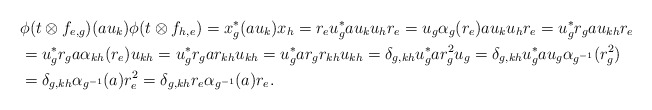
\begin{align*}&\phi(t\otimes f_{e,g})(a u_k)\phi(t\otimes f_{h,e})=x_g^*(au_k)x_h=r_eu_g^*au_ku_hr_e=u_g\alpha_g(r_e)au_ku_hr_e=u_g^*r_gau_{kh}r_e\\&=u_g^*r_ga\alpha_{kh}(r_e)u_{kh}=u_g^*r_gar_{kh}u_{kh}=u_g^*ar_gr_{kh}u_{kh}=\delta_{g,kh}u_g^*ar_g^2u_g=\delta_{g,kh}u_g^*au_g\alpha_{g^{-1}}(r^2_g)\\&=\delta_{g,kh}\alpha_{g^{-1}}(a)r_e^2=\delta_{g,kh}r_e\alpha_{g^{-1}}(a)r_e.\end{align*}